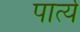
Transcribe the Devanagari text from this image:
पार्त्य